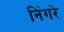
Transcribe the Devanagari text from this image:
निंगरे